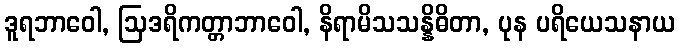
ဒူရဘာဝေါ, ဩဒရိကတ္တာဘာဝေါ, နိရာမိသသန္နိဓိတာ, ပုန ပရိယေသနာယ